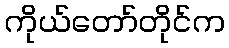
ကိုယ်တော်တိုင်က